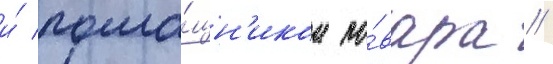
и́ помо́щн'иком по́вара //